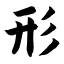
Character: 形